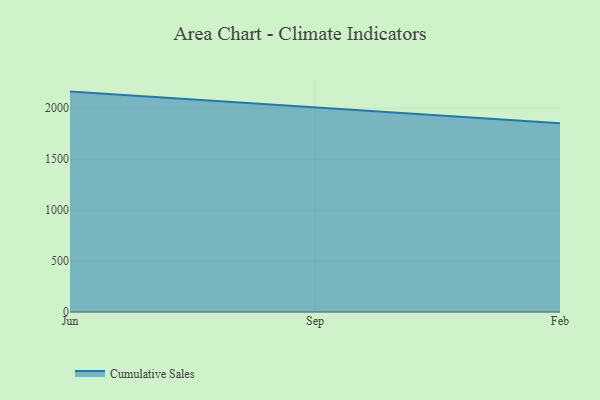
{"axis": {"x": "Month", "y": "Production Output"}, "legend": ["Cumulative Sales"], "data": [{"x": "Jun", "y": 2161.4, "type": "Cumulative Sales"}, {"x": "Sep", "y": 2006.2, "type": "Cumulative Sales"}, {"x": "Feb", "y": 1851.1, "type": "Cumulative Sales"}]}